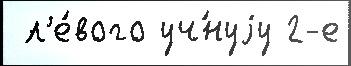
 л'е́вого уч́нуjу 2-е